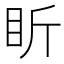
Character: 盺